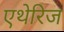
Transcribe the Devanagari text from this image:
एथेरिज